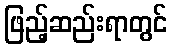
ဖြည့်ဆည်းရာတွင်